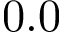
0 . 0